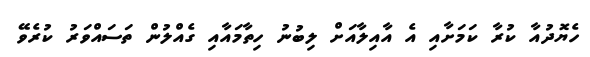
ހެޔޮދުއާ ކުރާ ކަމަށާއި އެ އާއިލާއަށް ލިބުނު ހިތާމައާއި ގެއްލުން ތަސައްވަރު ކުރެވޭ